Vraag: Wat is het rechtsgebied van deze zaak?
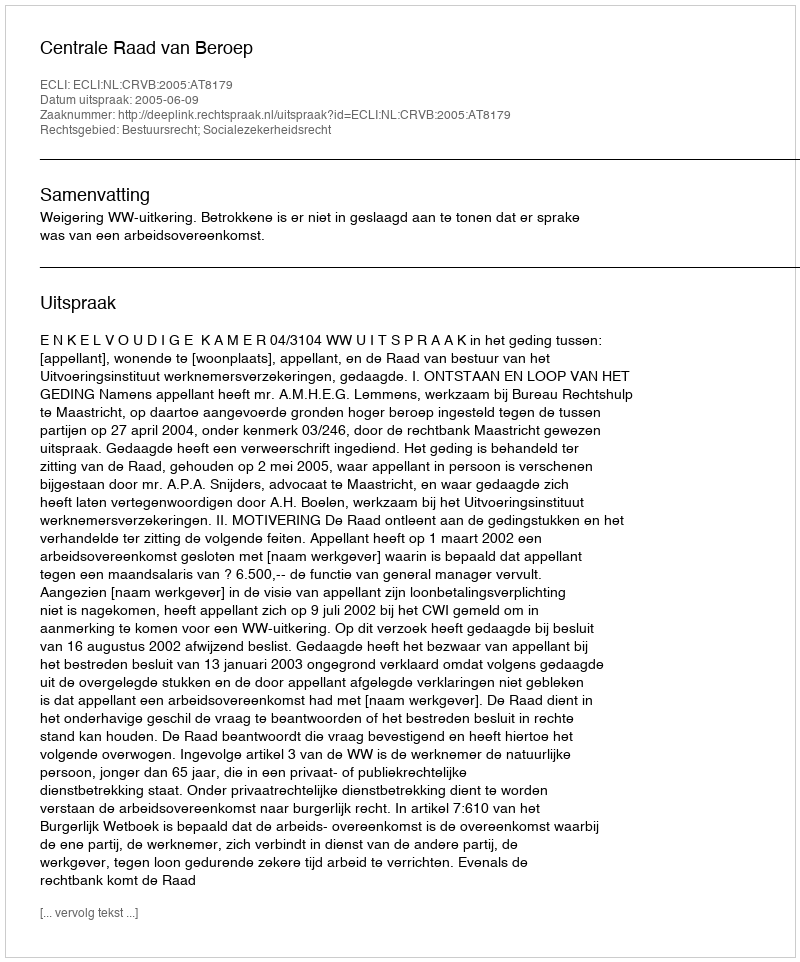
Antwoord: Bestuursrecht; Socialezekerheidsrecht